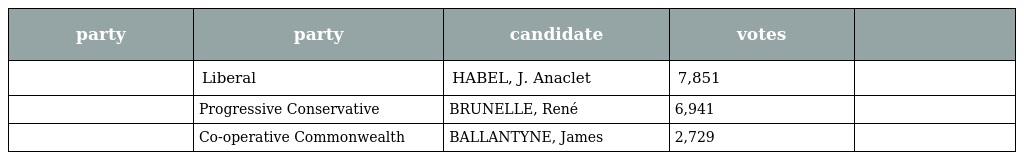
| party | party | candidate | votes |  |
 | --- | --- | --- | --- | --- |
 |  | Liberal | HABEL, J. Anaclet | 7,851 |  |
 |  | Progressive Conservative | BRUNELLE, René | 6,941 |  |
 |  | Co-operative Commonwealth | BALLANTYNE, James | 2,729 |  |